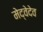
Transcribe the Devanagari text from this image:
मेद्वेदेव